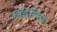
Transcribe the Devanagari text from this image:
विंचेल्सिया